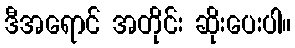
ဒီအရောင် အတိုင်း ဆိုးပေးပါ။